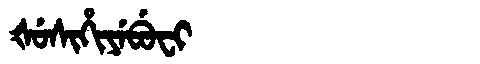
Manchu: ᡧᡠᠰᡳᡥᡳᠶᡝᠪᡠᠸᡳ
Romanization: ŠUSIHIYEBUFI